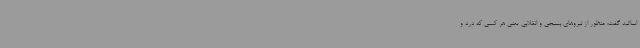
اساتید گفت: منظور از نیروهای بسیجی و انقلابی یعنی هر کسی که درد و